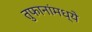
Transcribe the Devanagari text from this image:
तुफानांमध्ये